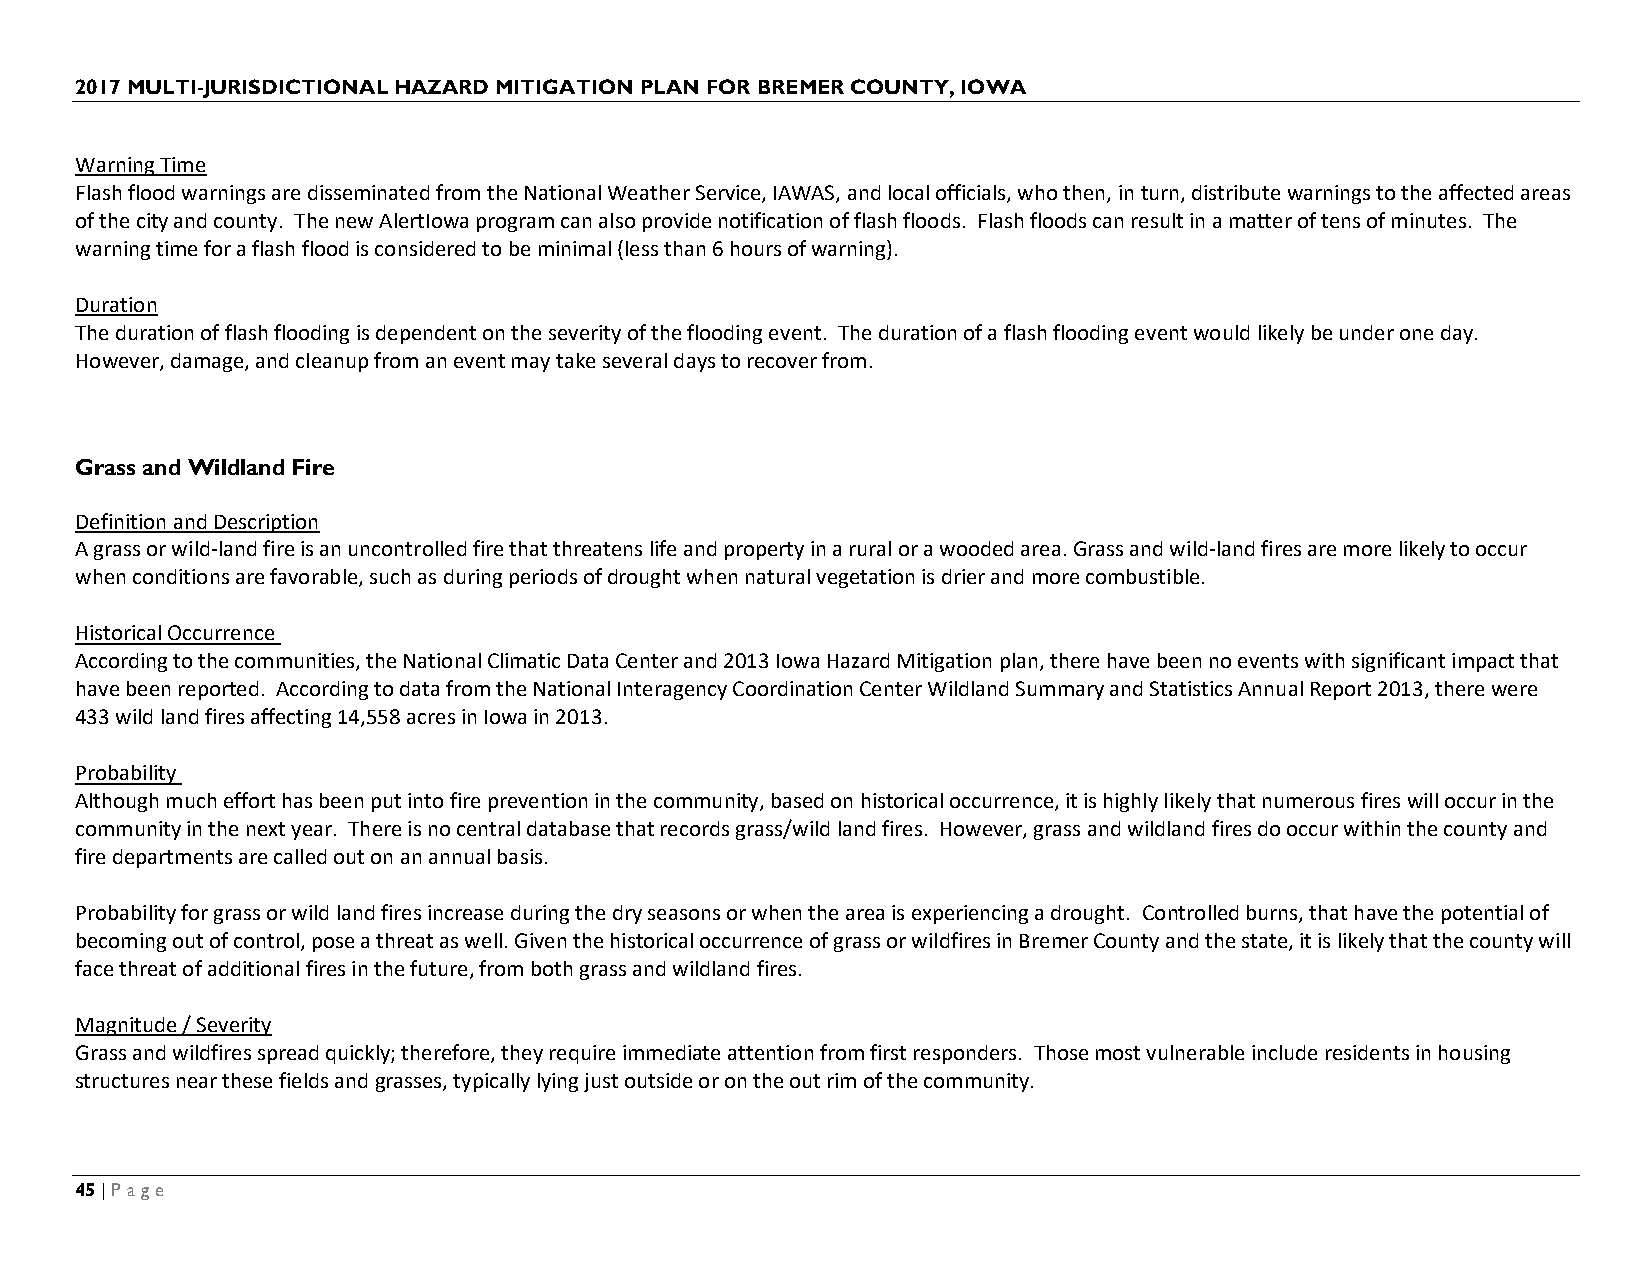
2017 MULTI-JURISDICTIONAL HAZARD MITIGATION PLAN FOR BREMER COUNTY, IOWA
 Warning Time
 Flash flood warnings are disseminated from the National Weather Service, IAWAS, and local officials, who then, in turn, distribute warnings to the affected areas
 of the city and county. The new AlertIowa program can also provide notification of flash floods. Flash floods can result in a matter of tens of minutes. The
 warning time for a flash flood is considered to be minimal (less than 6 hours of warning).
 Duration
 The duration of flash flooding is dependent on the severity of the flooding event. The duration of a flash flooding event would likely be under one day.
 However, damage, and cleanup from an event may take several days to recover from.
 Grass and Wildland Fire
 Definition and Description
 A grass or wild-land fire is an uncontrolled fire that threatens life and property in a rural or a wooded area. Grass and wild-land fires are more likely to occur
 when conditions are favorable, such as during periods of drought when natural vegetation is drier and more combustible.
 Historical Occurrence
 According to the communities, the National Climatic Data Center and 2013 Iowa Hazard Mitigation plan, there have been no events with significant impact that
 have been reported. According to data from the National Interagency Coordination Center Wildland Summary and Statistics Annual Report 2013, there were
 433 wild land fires affecting 14,558 acres in Iowa in 2013.
 Probability
 Although much effort has been put into fire prevention in the community, based on historical occurrence, it is highly likely that numerous fires will occur in the
 community in the next year. There is no central database that records grass/wild land fires. However, grass and wildland fires do occur within the county and
 fire departments are called out on an annual basis.
 Probability for grass or wild land fires increase during the dry seasons or when the area is experiencing a drought. Controlled burns, that have the potential of
 becoming out of control, pose a threat as well. Given the historical occurrence of grass or wildfires in Bremer County and the state, it is likely that the county will
 face threat of additional fires in the future, from both grass and wildland fires.
 Magnitude / Severity
 Grass and wildfires spread quickly; therefore, they require immediate attention from first responders. Those most vulnerable include residents in housing
 structures near these fields and grasses, typically lying just outside or on the out rim of the community.
 45 | Page